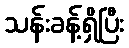
သန်းခန့်ရှိပြီး